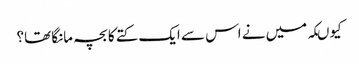
کیوںکہ میں نے اس سے ایک کتے کا بچہ مانگا تھا؟